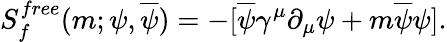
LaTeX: S_{f}^{free}(m;\psi,\overline{{\psi}})=-\lbrack\overline{{\psi}}\gamma^{\mu}\partial_{\mu}\psi+m\overline{{\psi}}\psi\rbrack.